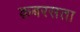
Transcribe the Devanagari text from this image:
क़बरसता